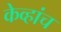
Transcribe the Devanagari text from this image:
केव्हांच